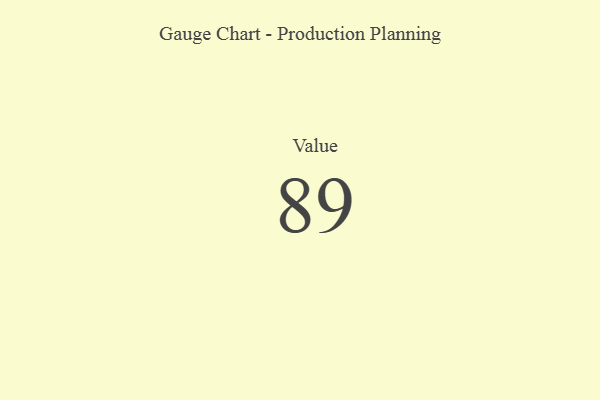
{"axis": {"x": "Metric", "y": "Value"}, "legend": [""], "data": [{"x": "Value", "y": 89, "type": ""}]}